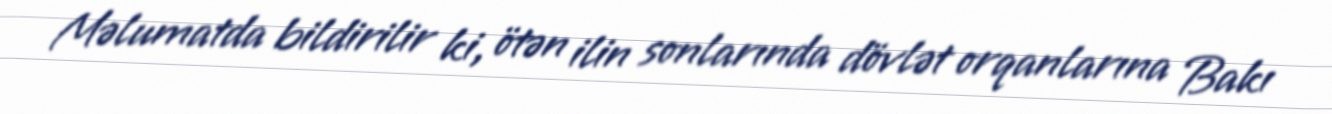
Məlumatda bildirilir ki, ötən ilin sonlarında dövlət orqanlarına Bakı